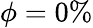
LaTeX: \phi=0\%